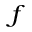
_ { f }